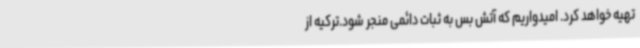
تهیه خواهد کرد. امیدواریم که آتش بس به ثبات دائمی منجر شود.ترکیه از